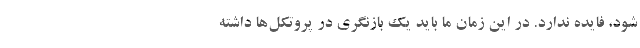
شود، فایده ندارد. در این زمان ما باید یک بازنگری در پروتکل‌ها داشته